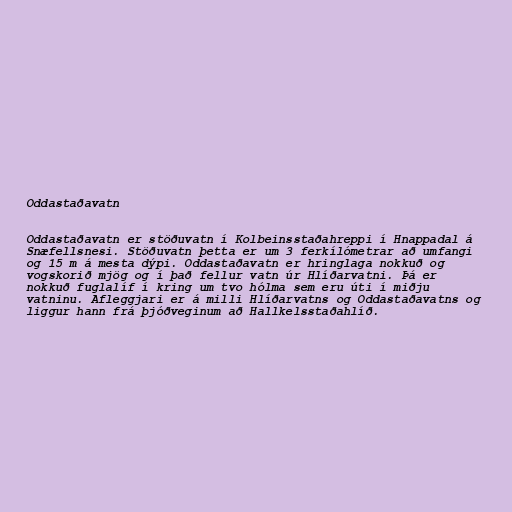
Oddastaðavatn

Oddastaðavatn er stöðuvatn í Kolbeinsstaðahreppi í Hnappadal á
Snæfellsnesi. Stöðuvatn þetta er um 3 ferkílómetrar að umfangi
og 15 m á mesta dýpi. Oddastaðavatn er hringlaga nokkuð og
vogskorið mjög og í það fellur vatn úr Hlíðarvatni. Þá er
nokkuð fuglalíf í kring um tvo hólma sem eru úti í miðju
vatninu. Afleggjari er á milli Hlíðarvatns og Oddastaðavatns og
liggur hann frá þjóðveginum að Hallkelsstaðahlíð.